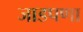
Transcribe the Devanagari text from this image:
जाडपणा